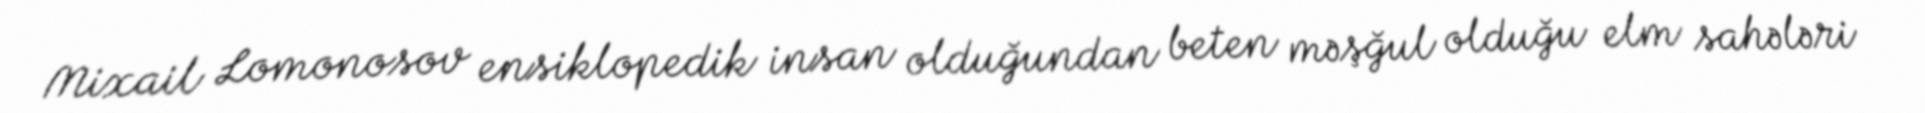
Mixail Lomonosov ensiklopedik insan olduğundan beten məşğul olduğu elm sahələri